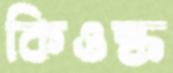
কিওস্ক